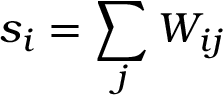
s _ { i } = \sum _ { j } W _ { i j }